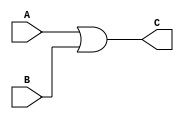
`timescale 1ns/10ps
module or_op(A, B, C);
input [31:0] A, B;
output reg [31:0] C;

always@(A or B)
	begin

	C = A|B; // or operation
	
	end
endmodule